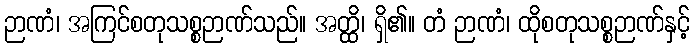
ဉာဏံ၊ အကြင်စတုသစ္စဉာဏ်သည်။ အတ္ထိ၊ ရှိ၏။ တံ ဉာဏံ၊ ထိုစတုသစ္စဉာဏ်နှင့်